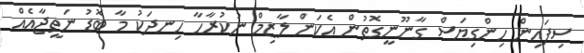
ސިފައިން ހިންގިޔަސް ގާނޫނީގޮތުން އެކަން ލާޒިމް ނުކުރާހާ ހިނދަކު މާ ބޮޑު ނަތީޖާއެއް